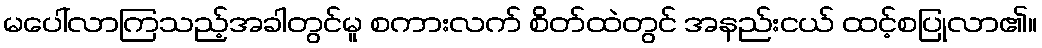
မပေါ်လာကြသည့်အခါတွင်မူ စကားလက် စိတ်ထဲတွင် အနည်းငယ် ထင့်စပြုလာ၏။